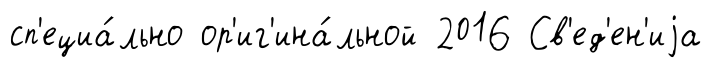
сп'ециа́льно ор'иг'ина́льной 2016 Св'ед'ен'иjа